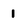
Character: 1